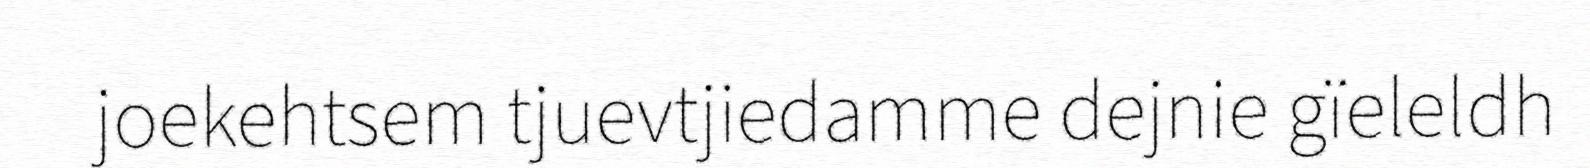
joekehtsem tjuevtjiedamme dejnie gïeleldh